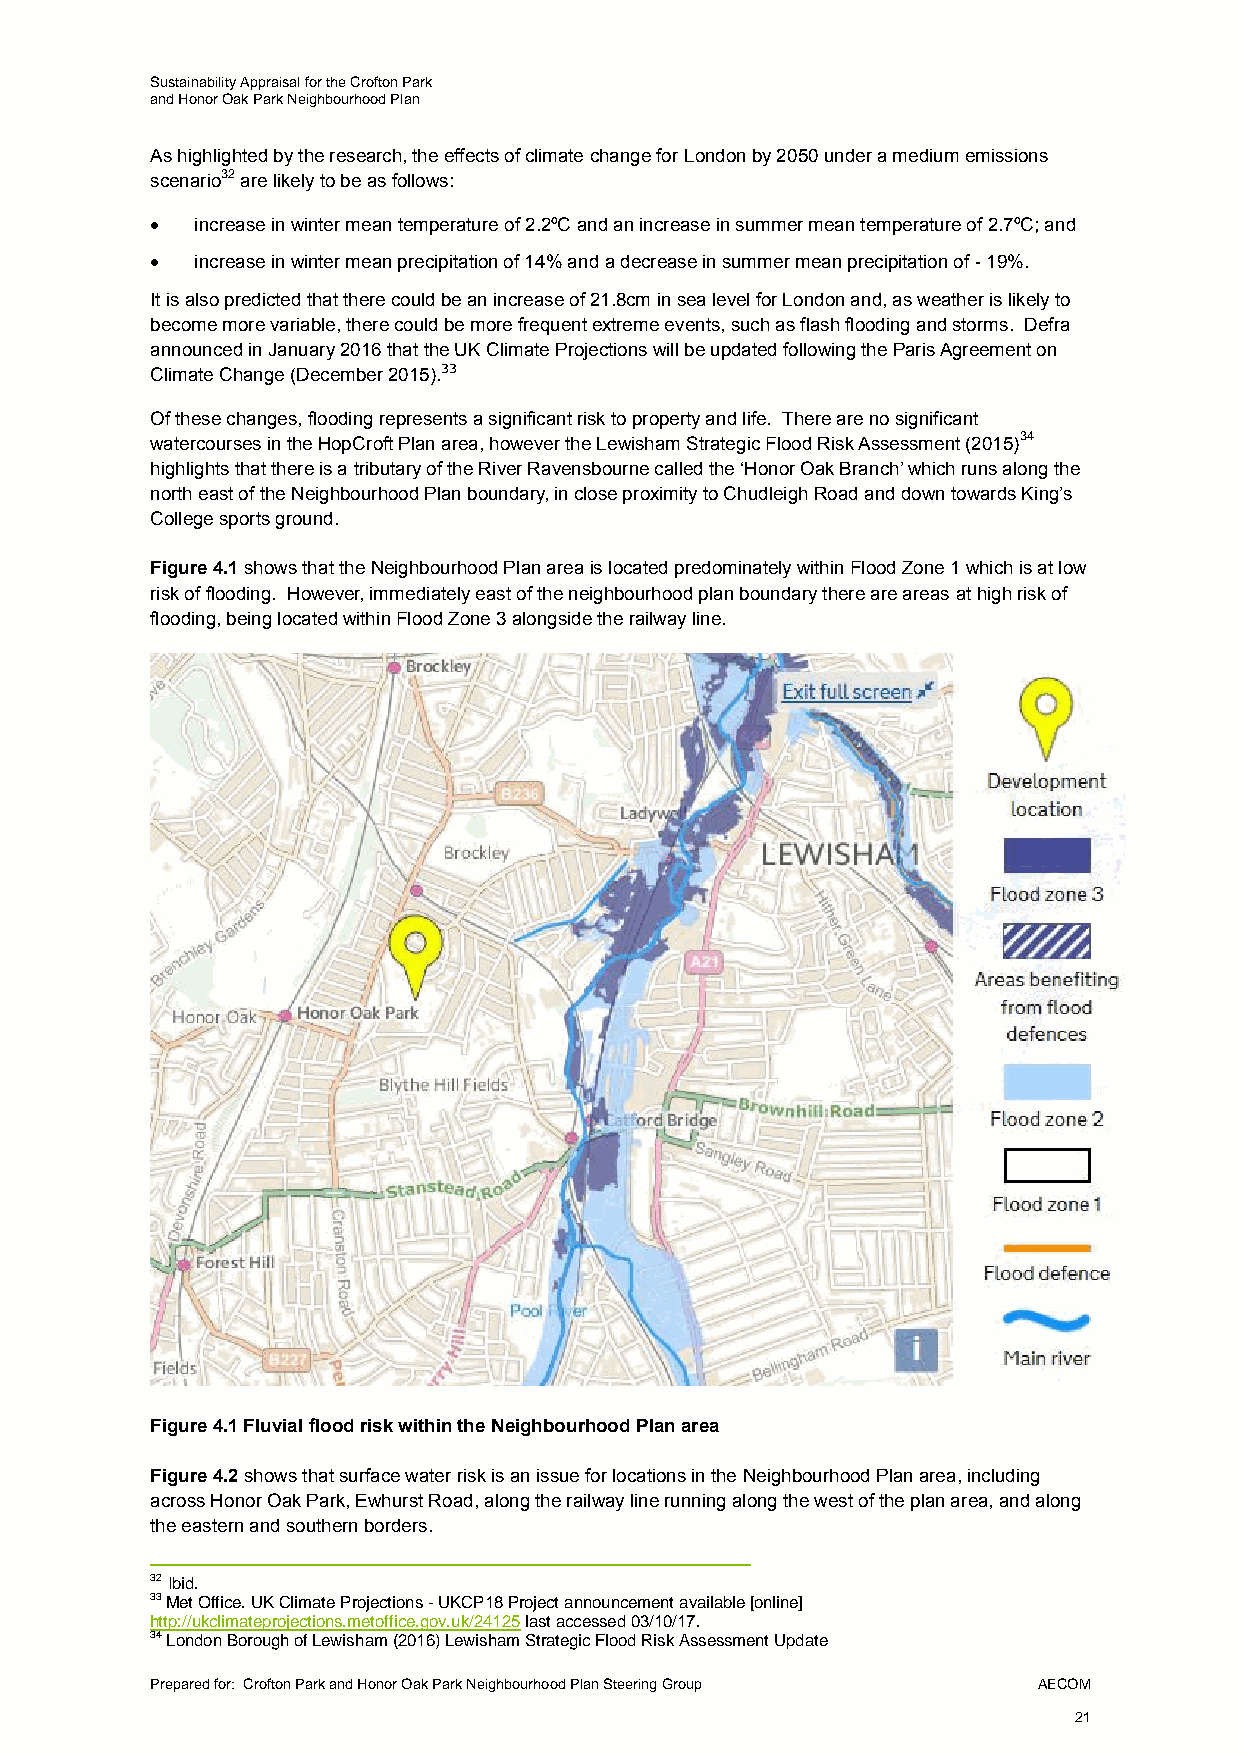
Sustainability Appraisal for the Crofton Park
 and Honor Oak Park Neighbourhood Plan
 As highlighted by the research, the effects of climate change for London by 2050 under a medium emissions
 scenario32 are likely to be as follows:
   increase in winter mean temperature of 2.2ºC and an increase in summer mean temperature of 2.7ºC; and
   increase in winter mean precipitation of 14% and a decrease in summer mean precipitation of - 19%.
 It is also predicted that there could be an increase of 21.8cm in sea level for London and, as weather is likely to
 become more variable, there could be more frequent extreme events, such as flash flooding and storms. Defra
 announced in January 2016 that the UK Climate Projections will be updated following the Paris Agreement on
 Climate Change (December 2015).33
 Of these changes, flooding represents a significant risk to property and life. There are no significant
 watercourses in the HopCroft Plan area, however the Lewisham Strategic Flood Risk Assessment (2015)34
 highlights that there is a tributary of the River Ravensbourne called the ‘Honor Oak Branch’ which runs along the
 north east of the Neighbourhood Plan boundary, in close proximity to Chudleigh Road and down towards King’s
 College sports ground.
 Figure 4.1 shows that the Neighbourhood Plan area is located predominately within Flood Zone 1 which is at low
 risk of flooding. However, immediately east of the neighbourhood plan boundary there are areas at high risk of
 flooding, being located within Flood Zone 3 alongside the railway line.
 Figure 4.1 Fluvial flood risk within the Neighbourhood Plan area
 Figure 4.2 shows that surface water risk is an issue for locations in the Neighbourhood Plan area, including
 across Honor Oak Park, Ewhurst Road, along the railway line running along the west of the plan area, and along
 the eastern and southern borders.
 32 Ibid.
 33 Met Office. UK Climate Projections - UKCP18 Project announcement available [online]
 http://ukclimateprojections.metoffice.gov.uk/24125 last accessed 03/10/17.
 34 London Borough of Lewisham (2016) Lewisham Strategic Flood Risk Assessment Update
 Prepared for: Crofton Park and Honor Oak Park Neighbourhood Plan Steering Group AECOM
 21